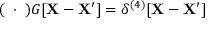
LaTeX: ( \mathbf { \partial } \cdot \mathbf { \partial } ) G [ \mathbf { X } - \mathbf { X ^ { \prime } } ] = \delta ^ { ( 4 ) } [ \mathbf { X } - \mathbf { X ^ { \prime } } ]